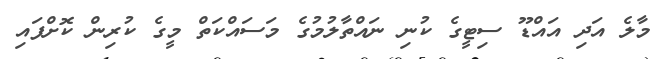
މާލެ އަދި އައްޑޫ ސިޓީގެ ކުނި ނައްތާލުމުގެ މަސައްކަތް މީގެ ކުރިން ކޮށްފައި